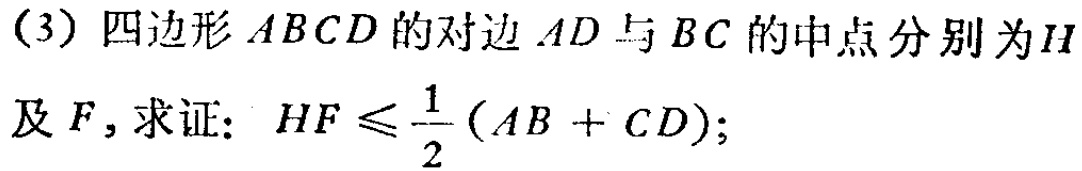
(3) 四边形 \(ABCD\) 的对边 \(AD\) 与 \(BC\) 的中点分别为 \(H\) 及 \(F\)，求证：\(HF\leqslant\frac{1}{2}(AB + CD)\);